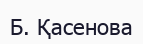
Б. Қасенова